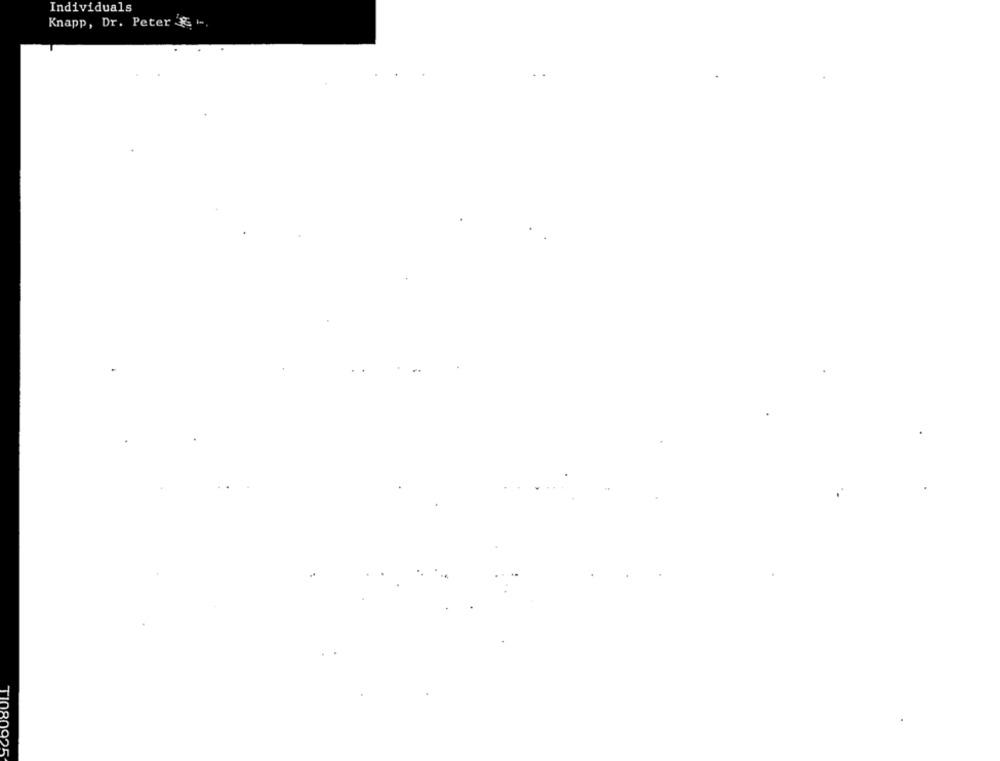
Individuals
Knapp, Dr. Peter & i -.
TIO80025